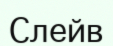
Слейв